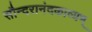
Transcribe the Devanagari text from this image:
सौन्दरानंदकाव्यम्